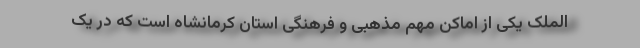
الملک یکی از اماکن مهم مذهبی و فرهنگی استان کرمانشاه است که در یک